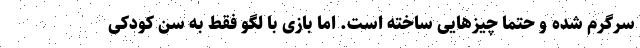
سرگرم شده و حتما چیز‌هایی ساخته است. اما بازی با لگو فقط به سن کودکی